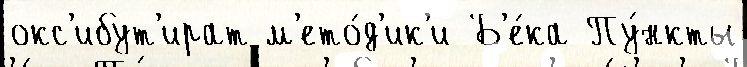
окс'ибут'ират м'ето́д'ик'и Б'е́ка Пу́нкты